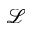
\mathcal { L }